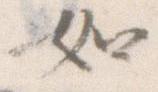
如